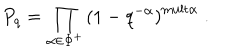
P _ { q } = \prod _ { \alpha \in \Phi ^ { + } } \left( 1 - q ^ { - \alpha } \right) ^ { \mathrm { m u l t } \alpha } \; .